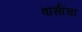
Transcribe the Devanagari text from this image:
वॉर्सॉचा